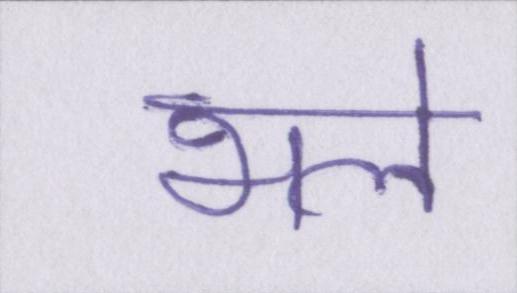
भले